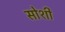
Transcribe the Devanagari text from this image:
सोशी